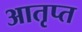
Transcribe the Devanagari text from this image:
आतृप्त